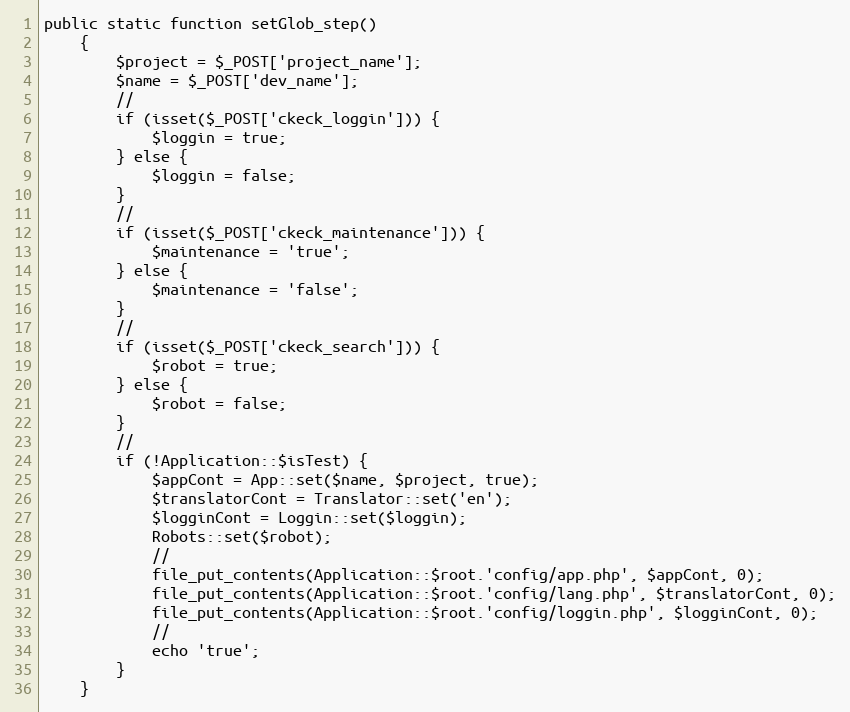
Language: PHP
public static function setGlob_step()
    {
        $project = $_POST['project_name'];
        $name = $_POST['dev_name'];
        //
        if (isset($_POST['ckeck_loggin'])) {
            $loggin = true;
        } else {
            $loggin = false;
        }
        //
        if (isset($_POST['ckeck_maintenance'])) {
            $maintenance = 'true';
        } else {
            $maintenance = 'false';
        }
        //
        if (isset($_POST['ckeck_search'])) {
            $robot = true;
        } else {
            $robot = false;
        }
        //
        if (!Application::$isTest) {
            $appCont = App::set($name, $project, true);
            $translatorCont = Translator::set('en');
            $logginCont = Loggin::set($loggin);
            Robots::set($robot);
            //
            file_put_contents(Application::$root.'config/app.php', $appCont, 0);
            file_put_contents(Application::$root.'config/lang.php', $translatorCont, 0);
            file_put_contents(Application::$root.'config/loggin.php', $logginCont, 0);
            //
            echo 'true';
        }
    }